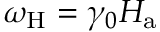
\omega _ { \mathrm { H } } = \gamma _ { 0 } H _ { \mathrm { a } }